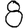
Digit: 8